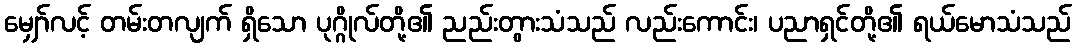
မျှော်လင့် တမ်းတလျက် ရှိသော ပုဂ္ဂိုလ်တို့၏ ညည်းတွားသံသည် လည်းကောင်း၊ ပညာရှင်တို့၏ ရယ်မောသံသည်